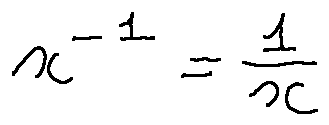
x ^ { - 1 } = \frac { 1 } { x }